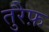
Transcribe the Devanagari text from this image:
तुरैफ़